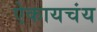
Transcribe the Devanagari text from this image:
ऐकायचंय